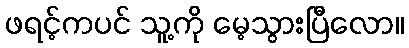
ဖရင့်ကပင် သူ့ကို မေ့သွားပြီလော။